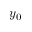
y _ { 0 }